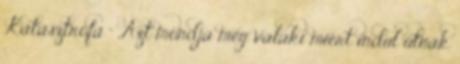
Katasztrófa ” „Azt mondja meg valaki miért indul útnak